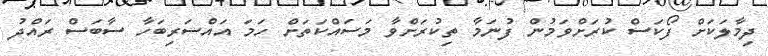
ދިމާލަކަށް ފޯކަސް ކުރަށްވަމުން ފުނަމާ ތިކުރަށްވާ މަސައްކަތަށް ހަމަ އައްސަރިބަހާ ސާބަސް ރައްދު